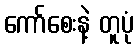
ကော်စေးနဲ့ တူပုံ